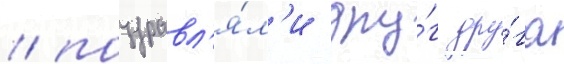
/ поздравл'я́л'и дру́г дру́га